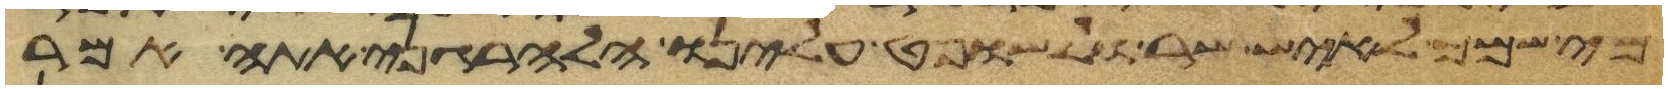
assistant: מי שמך לאיש שר ולשופט עלינו הלהרגני אתה אמר